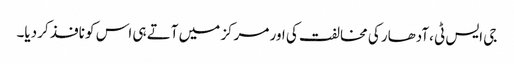
جی ایس ٹی ،آدھار کی مخالفت کی اور مرکز میں آتے ہی اس کو نافذ کر دیا۔